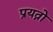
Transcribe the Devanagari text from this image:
प्रयत्नो